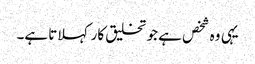
یہی وہ شخص ہے جو تخلیق کار کہلاتا ہے۔